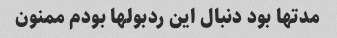
مدتها بود دنبال این ردبولها بودم ممنون